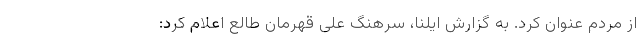
از مردم عنوان کرد. به گزارش ایلنا، سرهنگ علی قهرمان طالع اعلام کرد: